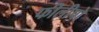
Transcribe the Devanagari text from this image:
फीलीपो